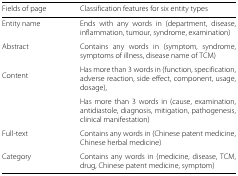
| Fields of page | Classification features for six entity types |
 | --- | --- |
 | Entity name | Ends with any words in (department, disease, inflammation, tumour, syndrome, examination) |
 | Abstract | Contains any words in (symptom, syndrome, symptoms of illness, disease name of TCM) |
 | Content | Has more than 3 words in (function, specification, adverse reaction, side effect, component, usage, dosage), |
 |  | Has more than 3 words in (cause, examination, antidiastole, diagnosis, mitigation, pathogenesis, clinical manifestation) |
 | Full-text | Contains any words in (Chinese patent medicine, Chinese herbal medicine) |
 | Category | Contains any words in (medicine, disease, TCM, drug, Chinese patent medicine, symptom) |